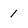
Character: 1